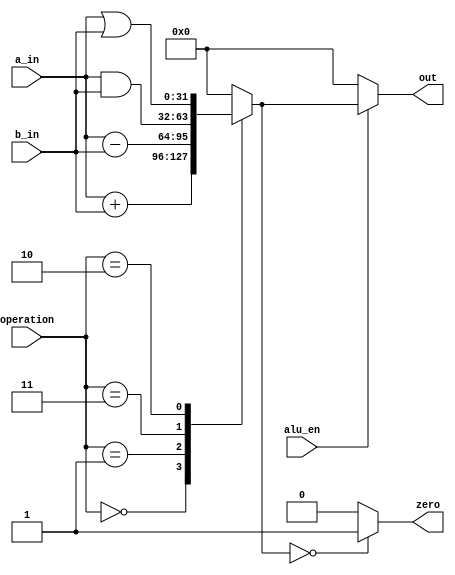
/* Copyright  2018 Piyush Itankar <pitankar@gmail.com>
 *
 * Permission is hereby granted, free of charge, to any person obtaining a copy
 * of this software and associated documentation files (the Software), to
 * deal in the Software without restriction, including without limitation the
 * rights to use, copy, modify, merge, publish, distribute, sublicense, and/or
 * sell copies of the Software, and to permit persons to whom the Software is
 * furnished to do so, subject to the following conditions:
 *
 * The above copyright notice and this permission notice shall be included in
 * all copies or substantial portions of the Software.
 *
 * THE SOFTWARE IS PROVIDED AS IS, WITHOUT WARRANTY OF ANY KIND, EXPRESS OR
 * IMPLIED, INCLUDING BUT NOT LIMITED TO THE WARRANTIES OF MERCHANTABILITY,
 * FITNESS FOR A PARTICULAR PURPOSE AND NONINFRINGEMENT. IN NO EVENT SHALL THE
 * AUTHORS OR COPYRIGHT HOLDERS BE LIABLE FOR ANY CLAIM, DAMAGES OR OTHER LIABILITY,
 * WHETHER IN AN ACTION OF CONTRACT, TORT OR OTHERWISE, ARISING FROM, OUT OF
 * OR IN CONNECTION WITH THE SOFTWARE OR THE USE OR OTHER DEALINGS IN THE SOFTWARE.
 */

/*
 * Module Name:     ALU.
 * Functional Req:  Performs Arithematic and Logical Operations
 *                  and ouputs result and status flags.
 * Input:           a_in, b_in, operation, alu_en.
 *                  a_in: Operand 1.
 *                  b_in: Operand 2.
 *                  operation:  Operation to be performed by the CPU
 *                              ADD: 0x00.
 *                              SUB: 0x01.
 *                              AND: 0x02.
 *                              OR:  0x03.
 *                  alu_en: Outputs result if TRUE else outputs 0.
 * Output:          out, zero.
 *                  out:  Output of the computation.
 *                  zero: Zero Flag, set if the diff of operands is zero.
 * Parameters:      BUS_WIDTH, OPCODE.
 *                  BUS_WIDTH: Width of result.
 *                  OPCODE: Width of Opcode selection signals.
 */
module module_alu #(parameter BUS_WIDTH=32, OPCODE=3)
                   (input  [BUS_WIDTH-1:0] a_in, b_in,
                    input  [OPCODE-1:0] operation,
                    input  alu_en,
                    output [BUS_WIDTH-1:0] out,
                    output zero);

    // Constants for improving readibility
    parameter ADD = 3'b000;
    parameter SUB = 3'b001;
    parameter AND = 3'b011;
    parameter OR  = 3'b010;

    reg [BUS_WIDTH-1:0] result = 0;

    always @(operation or a_in or b_in) begin
        case (operation)
            ADD:     result <= a_in + b_in;
            SUB:     result <= a_in - b_in;
            AND:     result <= a_in & b_in;
            OR:      result <= a_in | b_in;
            default: result <= 0;
        endcase
    end

    assign out  = (alu_en == 1'b1) ? result : 0;
    assign zero = (result == 0) ? 1'b1 : 1'b0;

endmodule